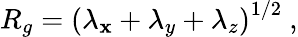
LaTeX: R_{g}=\left(\lambda_{\mathbf{x}}+\lambda_{y}+\lambda_{z}\right)^{1/2}~,